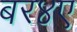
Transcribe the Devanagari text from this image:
बर४ए